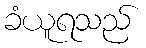
ခံယူရသည်